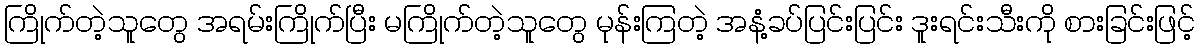
ကြိုက်တဲ့သူတွေ အရမ်းကြိုက်ပြီး မကြိုက်တဲ့သူတွေ မုန်းကြတဲ့ အနံ့ခပ်ပြင်းပြင်း ဒူးရင်းသီးကို စားခြင်းဖြင့်